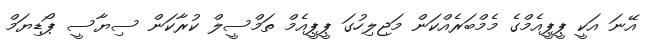
އޭނަ އަކީ ޕީޕީއެމްގެ މެމްބަރެއްކަން މަޖިލިހުގަ ޕީޕީއެމް ތަމްސީލް ކުރާކަން ސިޔާސީ ޕޯޑިޔަމް